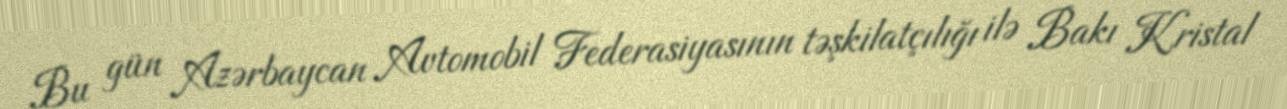
Bu gün Azərbaycan Avtomobil Federasiyasının təşkilatçılığı ilə Bakı Kristal